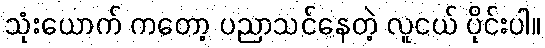
သုံးယောက် ကတော့ ပညာသင်နေတဲ့ လူငယ် ပိုင်းပါ။